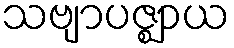
သဗျာပဇ္ဈာယ